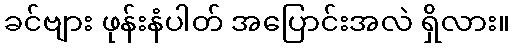
ခင်ဗျား ဖုန်းနံပါတ် အပြောင်းအလဲ ရှိလား။